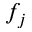
f _ { j }